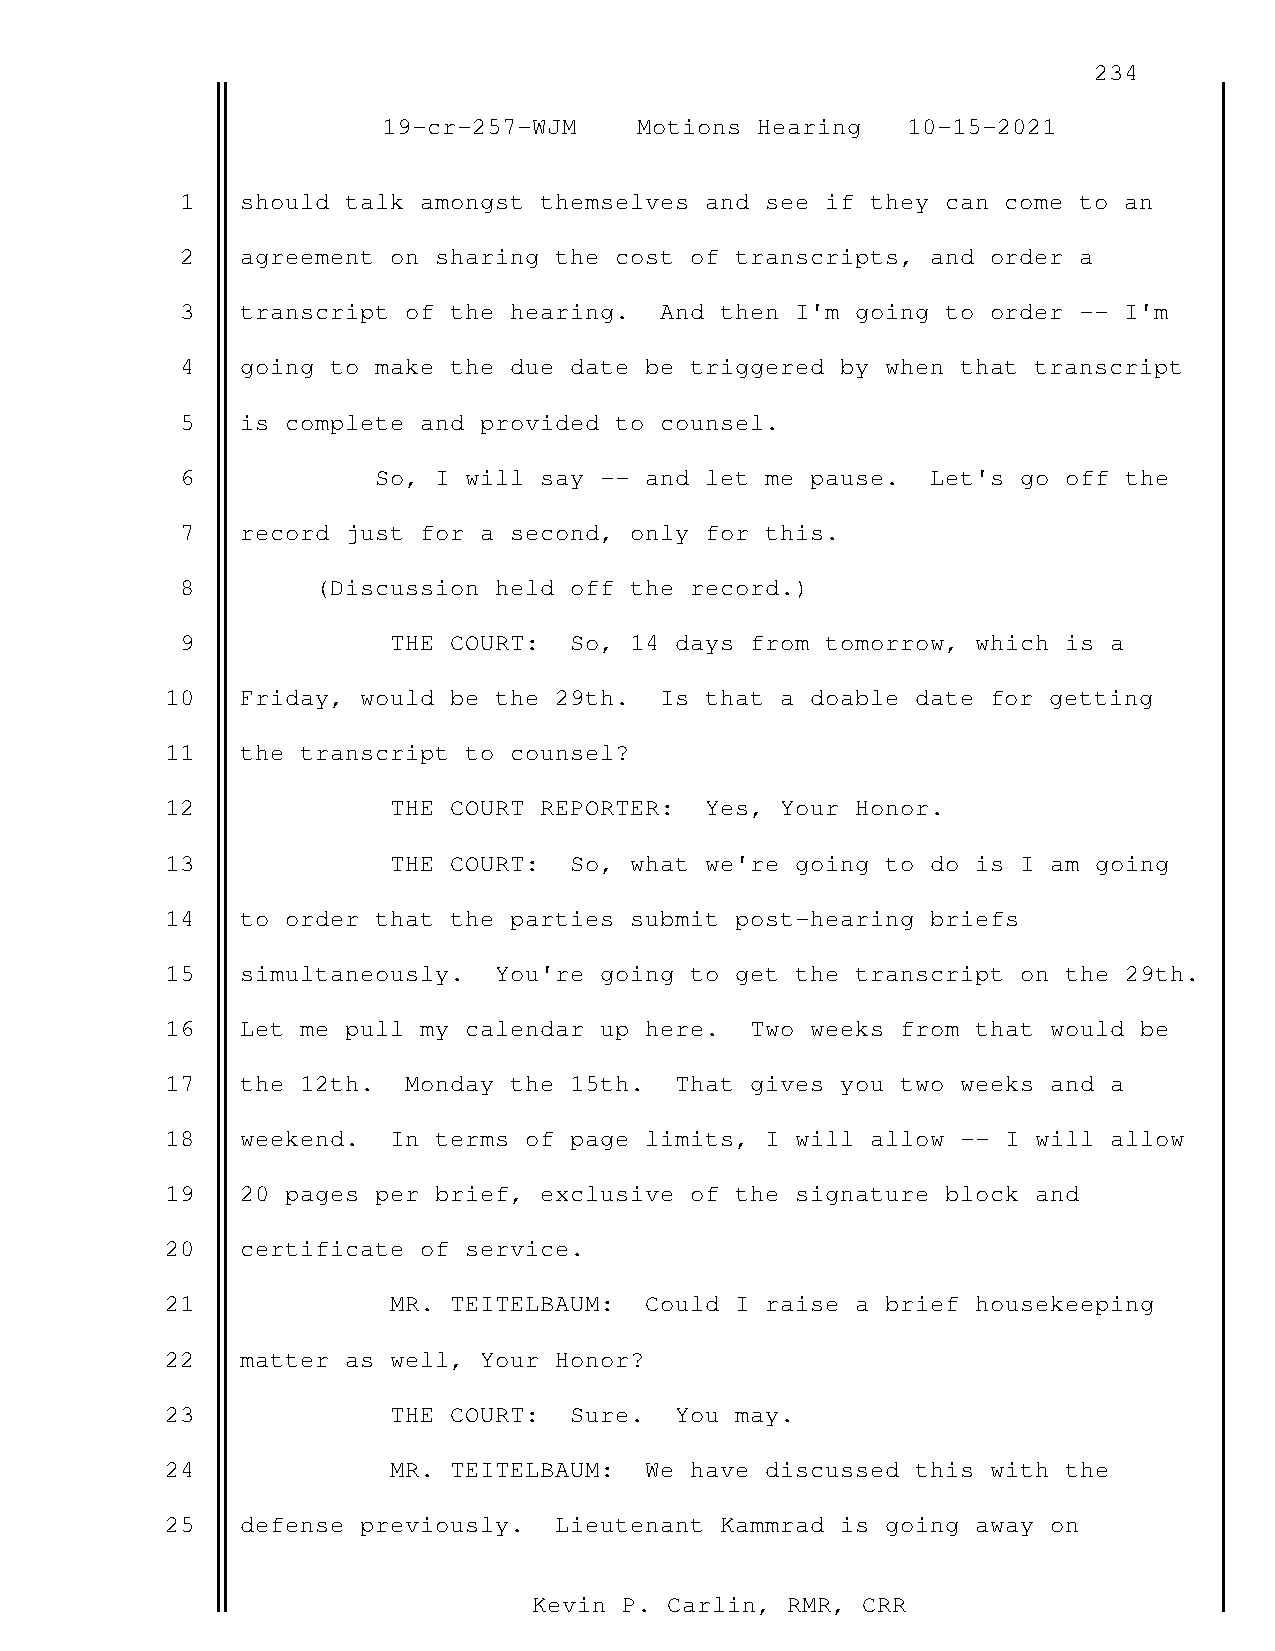
234
 19-cr-257-WJM    Motions Hearing   10-15-2021
 1   should talk amongst themselves and see if they can come to an
 2   agreement on sharing the cost of transcripts, and order a
 3   transcript of the hearing.  And then I'm going to order -- I'm
 4   going to make the due date be triggered by when that transcript
 5   is complete and provided to counsel.
 6            So, I will say -- and let me pause.  Let's go off the
 7   record just for a second, only for this.
 8        (Discussion held off the record.)
 9             THE COURT:  So, 14 days from tomorrow, which is a
 10   Friday, would be the 29th.  Is that a doable date for getting
 11   the transcript to counsel?
 12             THE COURT REPORTER:  Yes, Your Honor.
 13             THE COURT:  So, what we're going to do is I am going
 14   to order that the parties submit post-hearing briefs
 15   simultaneously.  You're going to get the transcript on the 29th.
 16   Let me pull my calendar up here.  Two weeks from that would be
 17   the 12th.  Monday the 15th.  That gives you two weeks and a
 18   weekend.  In terms of page limits, I will allow -- I will allow
 19   20 pages per brief, exclusive of the signature block and
 20   certificate of service.
 21             MR. TEITELBAUM:  Could I raise a brief housekeeping
 22   matter as well, Your Honor?
 23             THE COURT:  Sure.  You may.
 24             MR. TEITELBAUM:  We have discussed this with the
 25   defense previously.  Lieutenant Kammrad is going away on
 Kevin P. Carlin, RMR, CRR